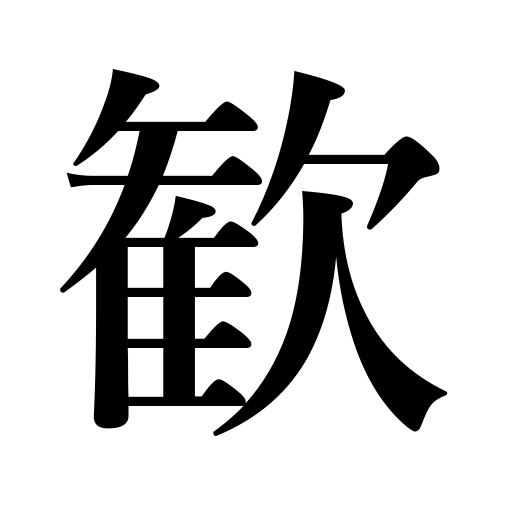
Meanings: joy,pleasure